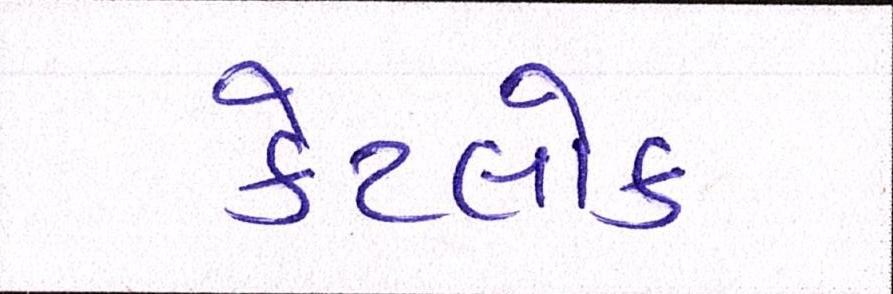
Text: કેટલોક